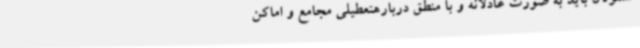
مسئولان باید به صورت عادلانه و با منطق دربارهتعطیلی مجامع و اماکن